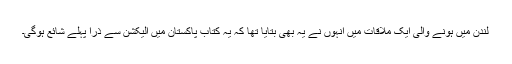
لندن میں ہونے والی ایک ملاقات میں انہوں نے یہ بھی بتایا تھا کہ یہ کتاب پاکستان میں الیکشن سے ذرا پہلے شائع ہوگی۔